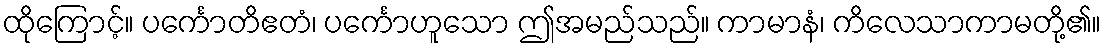
ထိုကြောင့်။ ပင်္ကောတိဧတံ၊ ပင်္ကောဟူသော ဤအမည်သည်။ ကာမာနံ၊ ကိလေသာကာမတို့၏။